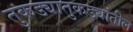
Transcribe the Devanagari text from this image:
तुकड्यातुकड्यांतील